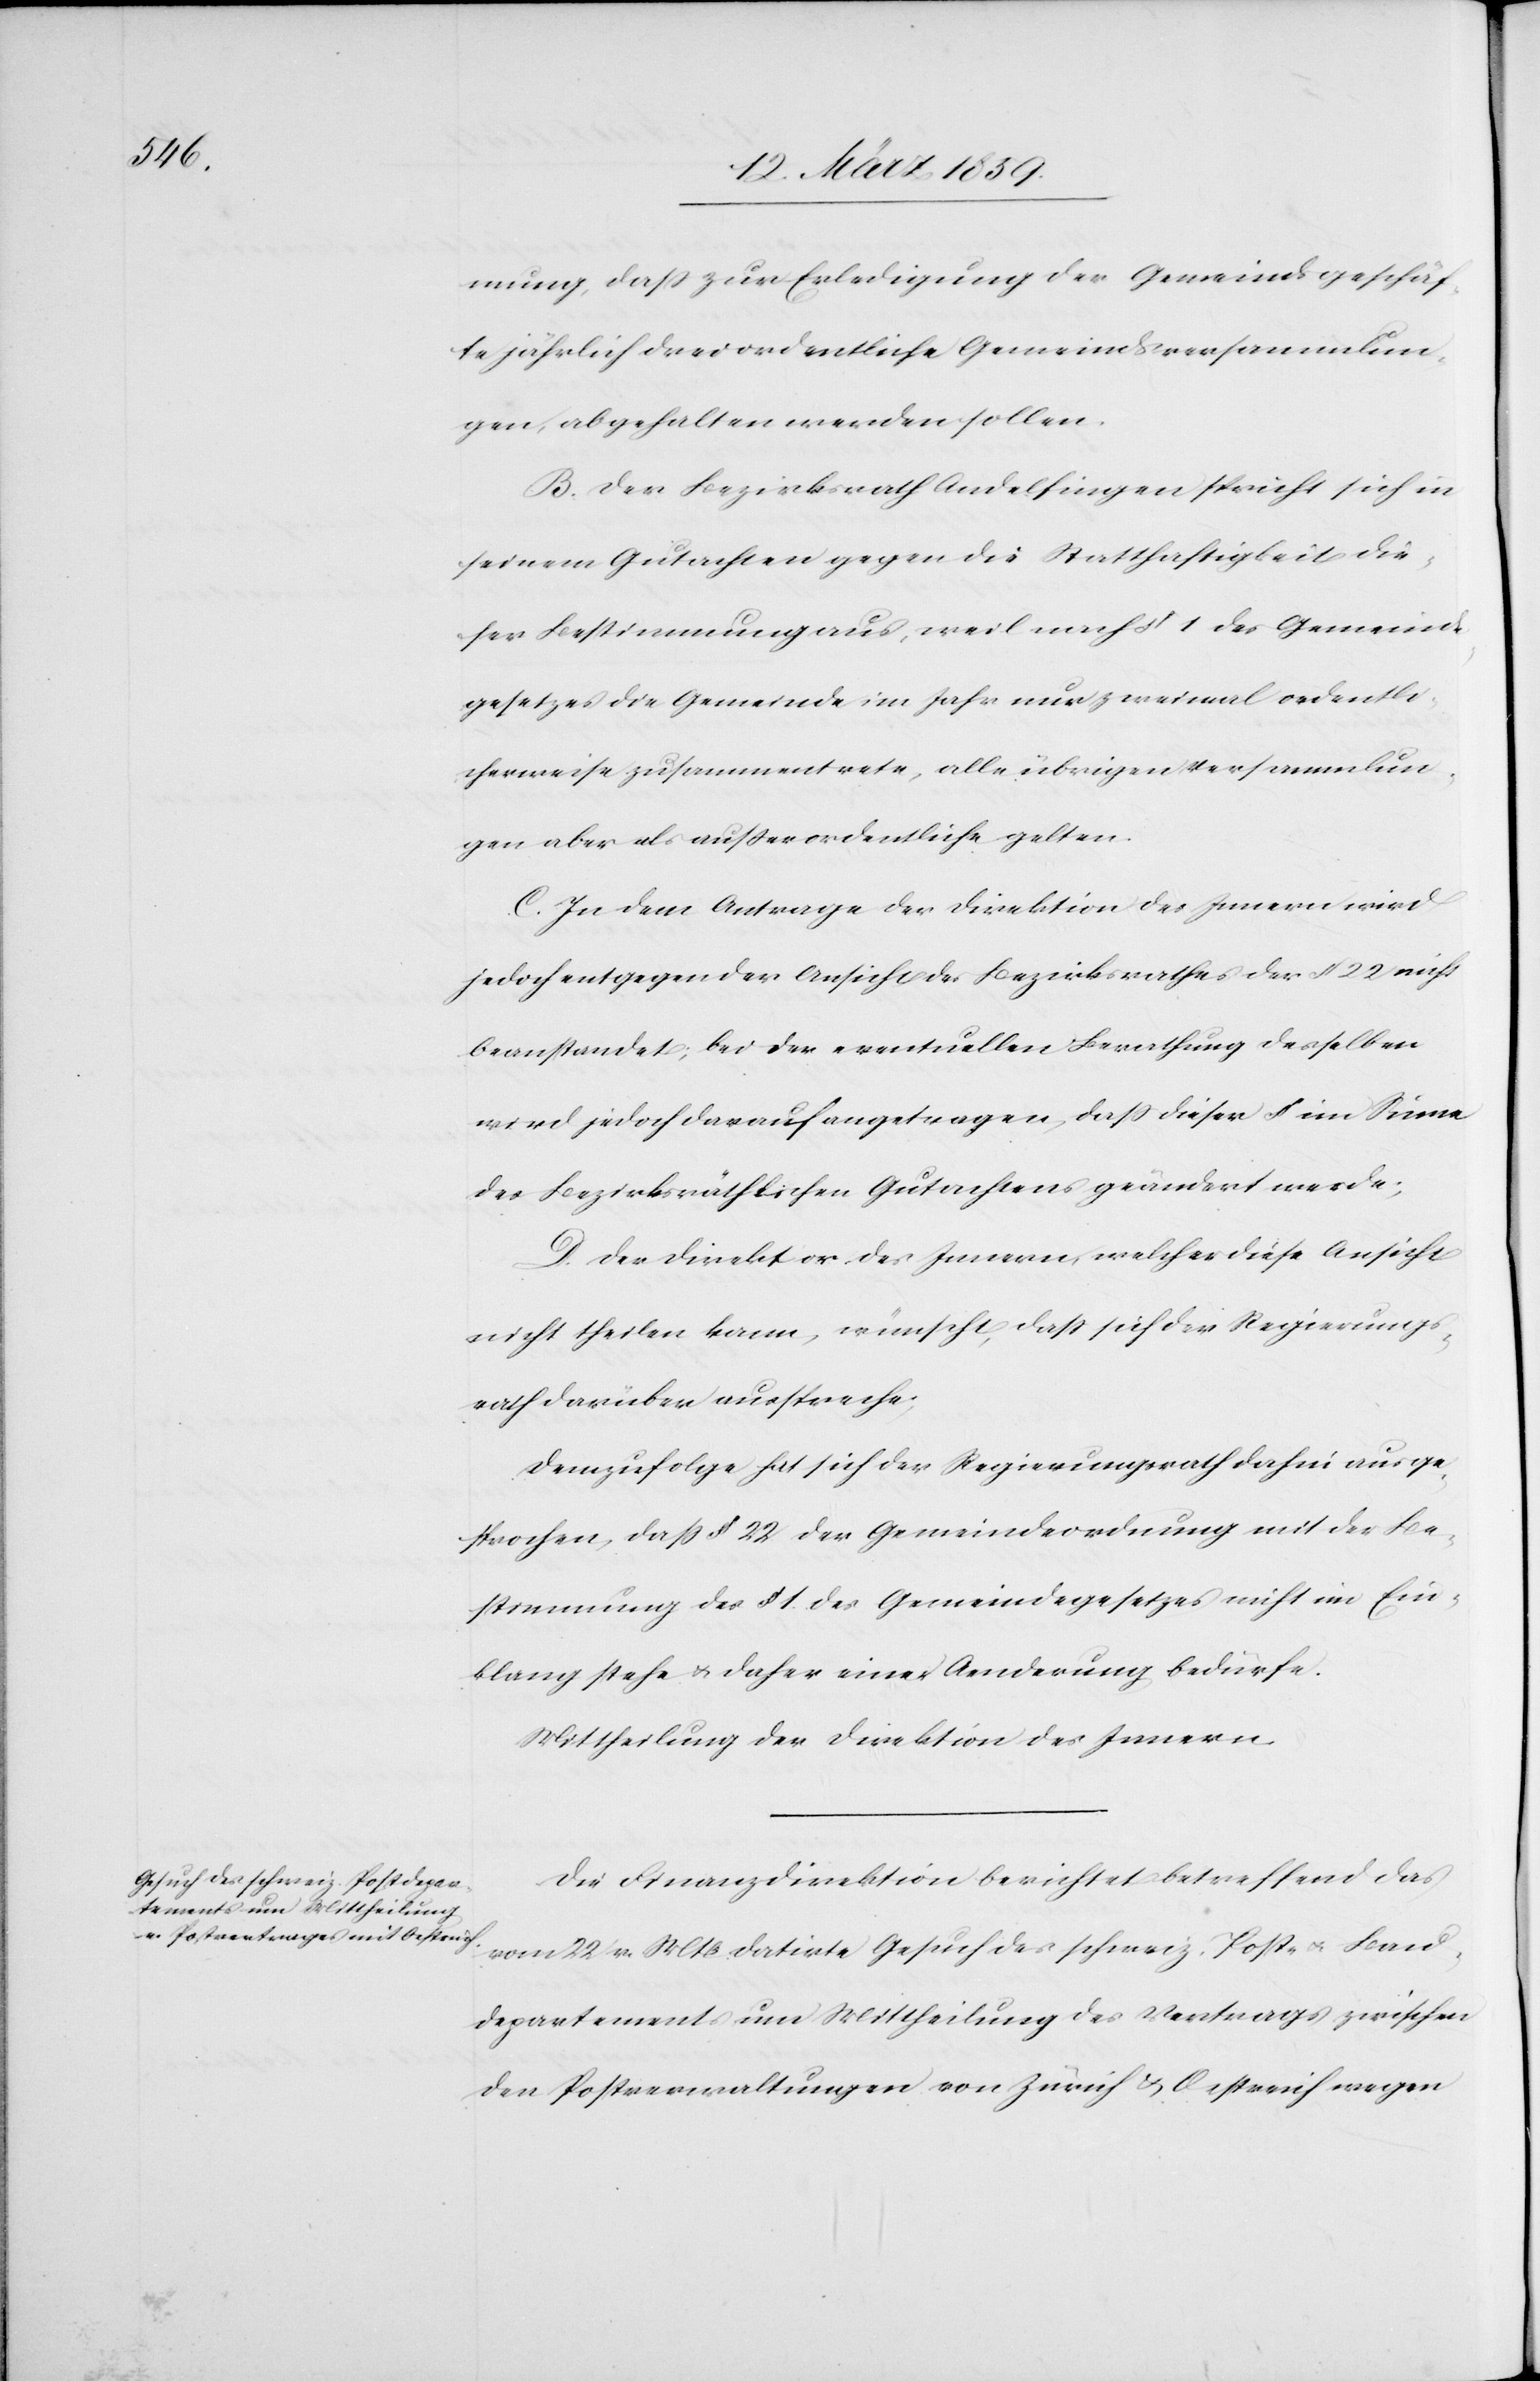
mung, daß zur Erledigung der Gemeindsgeschäf¬
te jährlich drei ordentliche Gemeindsversammlun¬
gen, abgehalten werden sollen.
B. Der Bezirksrath Andelfingen spricht sich in
seinem Gutachten gegen die Statthaftigkeit die¬
ser Bestimmung aus, weil nach § 1 des Gemeinds¬
gesetzes die Gemeinde im Jahr nur zweimal ordentli¬
cherweise zusammentrete, alle übrigen Versammlun¬
gen aber als außerordentliche gelten.
C. In dem Antrage der Direktion des Innern wird
jedoch entgegen der Ansicht des Bezirksrathes der § 22 nicht
beanstandet; bei der eventuellen Berathung desselben
wird jedoch darauf angetragen, daß dieser § im Sinne
des Bezirksräthlichen Gutachtens geändert werde;
D. Der Direktor des Innern, welcher diese Ansicht
nicht theilen kann, wünscht, daß sich der Regierungs¬
rath darüber ausspreche;
Demzufolge hat sich der Regierungsrath dahin ausge¬
sprochen, daß § 22 der Gemeindeordnung mit der Be¬
stimmung des § 1. des Gemeindegesetzes nicht in Ein¬
klang stehe u. daher einer Aenderung bedürfe.
Mittheilung der Direktion des Innern.
Die Finanzdirektion berichtet betreffend das
vom 22. v. Mts datirte Gesuch des schweiz. Post- u. Bau¬
departements um Mittheilung des Vertrags zwischen
den Postverwaltungen von Zürich & Oestreich wegen